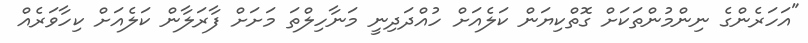
"އަހަރެންގެ ނިންމުންތަކަށް ގޮތްކިޔަން ކަލެއަށް ހުއްދަދިނީ މަނާހިލްތަ މަށަށް ފާރަލާން ކަލެއަށް ކިހާވަރެއް